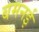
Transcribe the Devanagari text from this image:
बमनई